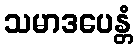
သမာဒပေန္တံ